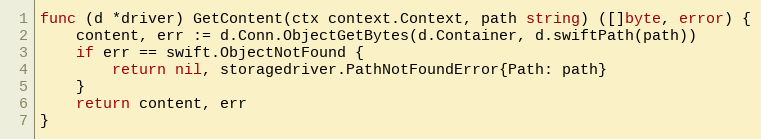
Language: Go
func (d *driver) GetContent(ctx context.Context, path string) ([]byte, error) {
	content, err := d.Conn.ObjectGetBytes(d.Container, d.swiftPath(path))
	if err == swift.ObjectNotFound {
		return nil, storagedriver.PathNotFoundError{Path: path}
	}
	return content, err
}